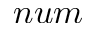
n u m